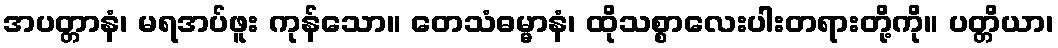
အပတ္တာနံ၊ မရအပ်ဖူး ကုန်သော။ တေသံဓမ္မာနံ၊ ထိုသစ္စာလေးပါးတရားတို့ကို။ ပတ္တိယာ၊